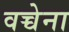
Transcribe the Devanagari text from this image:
वच्चेना